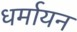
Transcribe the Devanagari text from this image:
धर्मायन